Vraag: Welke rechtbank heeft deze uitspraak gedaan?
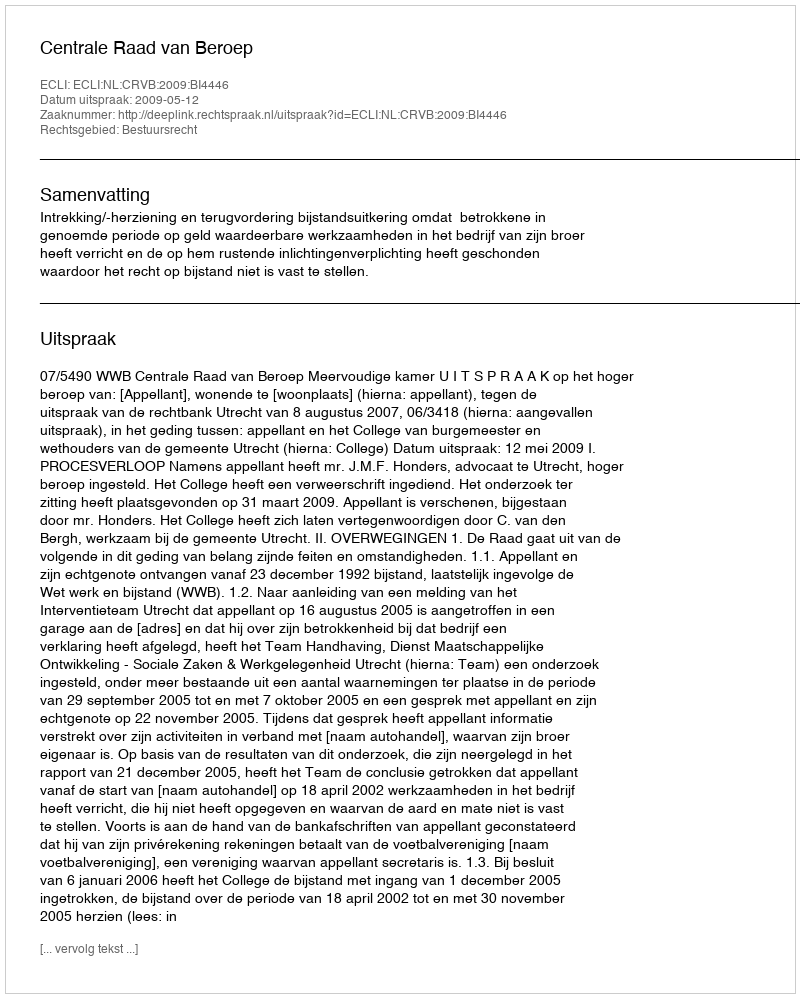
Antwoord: Centrale Raad van Beroep